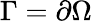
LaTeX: \Gamma=\partial\Omega